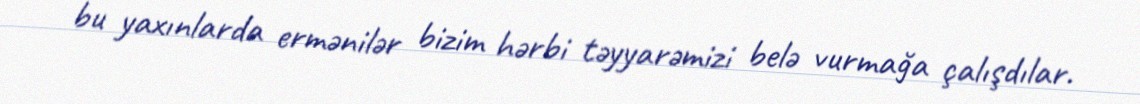
bu yaxınlarda ermənilər bizim hərbi təyyarəmizi belə vurmağa çalışdılar.